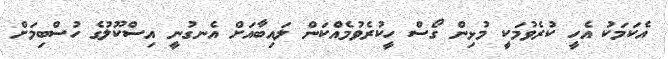
އެކަމަކު އެހީ ކުރެވުމަކީ މުޅިން ގޯސް ހީކުރެވުމެއްކަން ލައިބާއަށް އެނގުނީ އިސްކޫލުގެ ހުސްބިމަށް